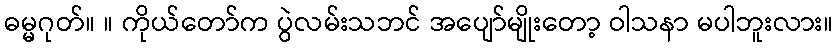
ဓမ္မဂုတ်။ ။ ကိုယ်တော်က ပွဲလမ်းသဘင် အပျော်မျိုးတော့ ဝါသနာ မပါဘူးလား။